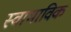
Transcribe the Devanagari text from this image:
स्‍वाभाविक